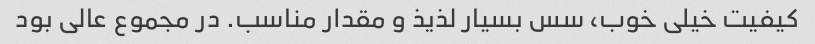
کیفیت خیلی خوب، سس بسیار لذیذ و مقدار مناسب. در مجموع عالی بود